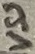
Text: VSS